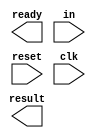
`timescale 1ns / 1ps

///////////////////////////////////////////////////////////////////////////////
// ACS
// Computer Design 1
//  
// Module Name:  		ordinator_8bit
// Project Name:		Laborator 6
// Target Devices: 		Digilent Nexys 3
///////////////////////////////////////////////////////////////////////////////

module ordinator_8bit(
		output reg [7:0] result,
		output reg		  ready,
		input      [7:0] in,
		input            reset,
		input            clk
);

	localparam FALSE = 2'd0,
				  TRUE  = 2'd1;

	localparam OPERATOR_ADD = 2'd0,
				  OPERATOR_SUB = 2'd1,
				  OPERATOR_EQL = 2'd2,
				  OPERATOR_ERR = 2'd3;

// ----------------------------------------------------------------------------
// TODO 4.1: Codificati starile necesare automatului
// ----------------------------------------------------------------------------
	

 
// ----------------------------------------------------------------------------
// TODO 4.2: Definiti comportamentul iesirilor
// ----------------------------------------------------------------------------


 
// ----------------------------------------------------------------------------
// TODO 4.3: Definiti mecanismul de tranzitie sincrona a starilor
// ----------------------------------------------------------------------------



// ----------------------------------------------------------------------------
// TODO 4.4: Definiti comportamentul si modul de schimbare a starilor
// ----------------------------------------------------------------------------



endmodule